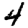
Digit: 4